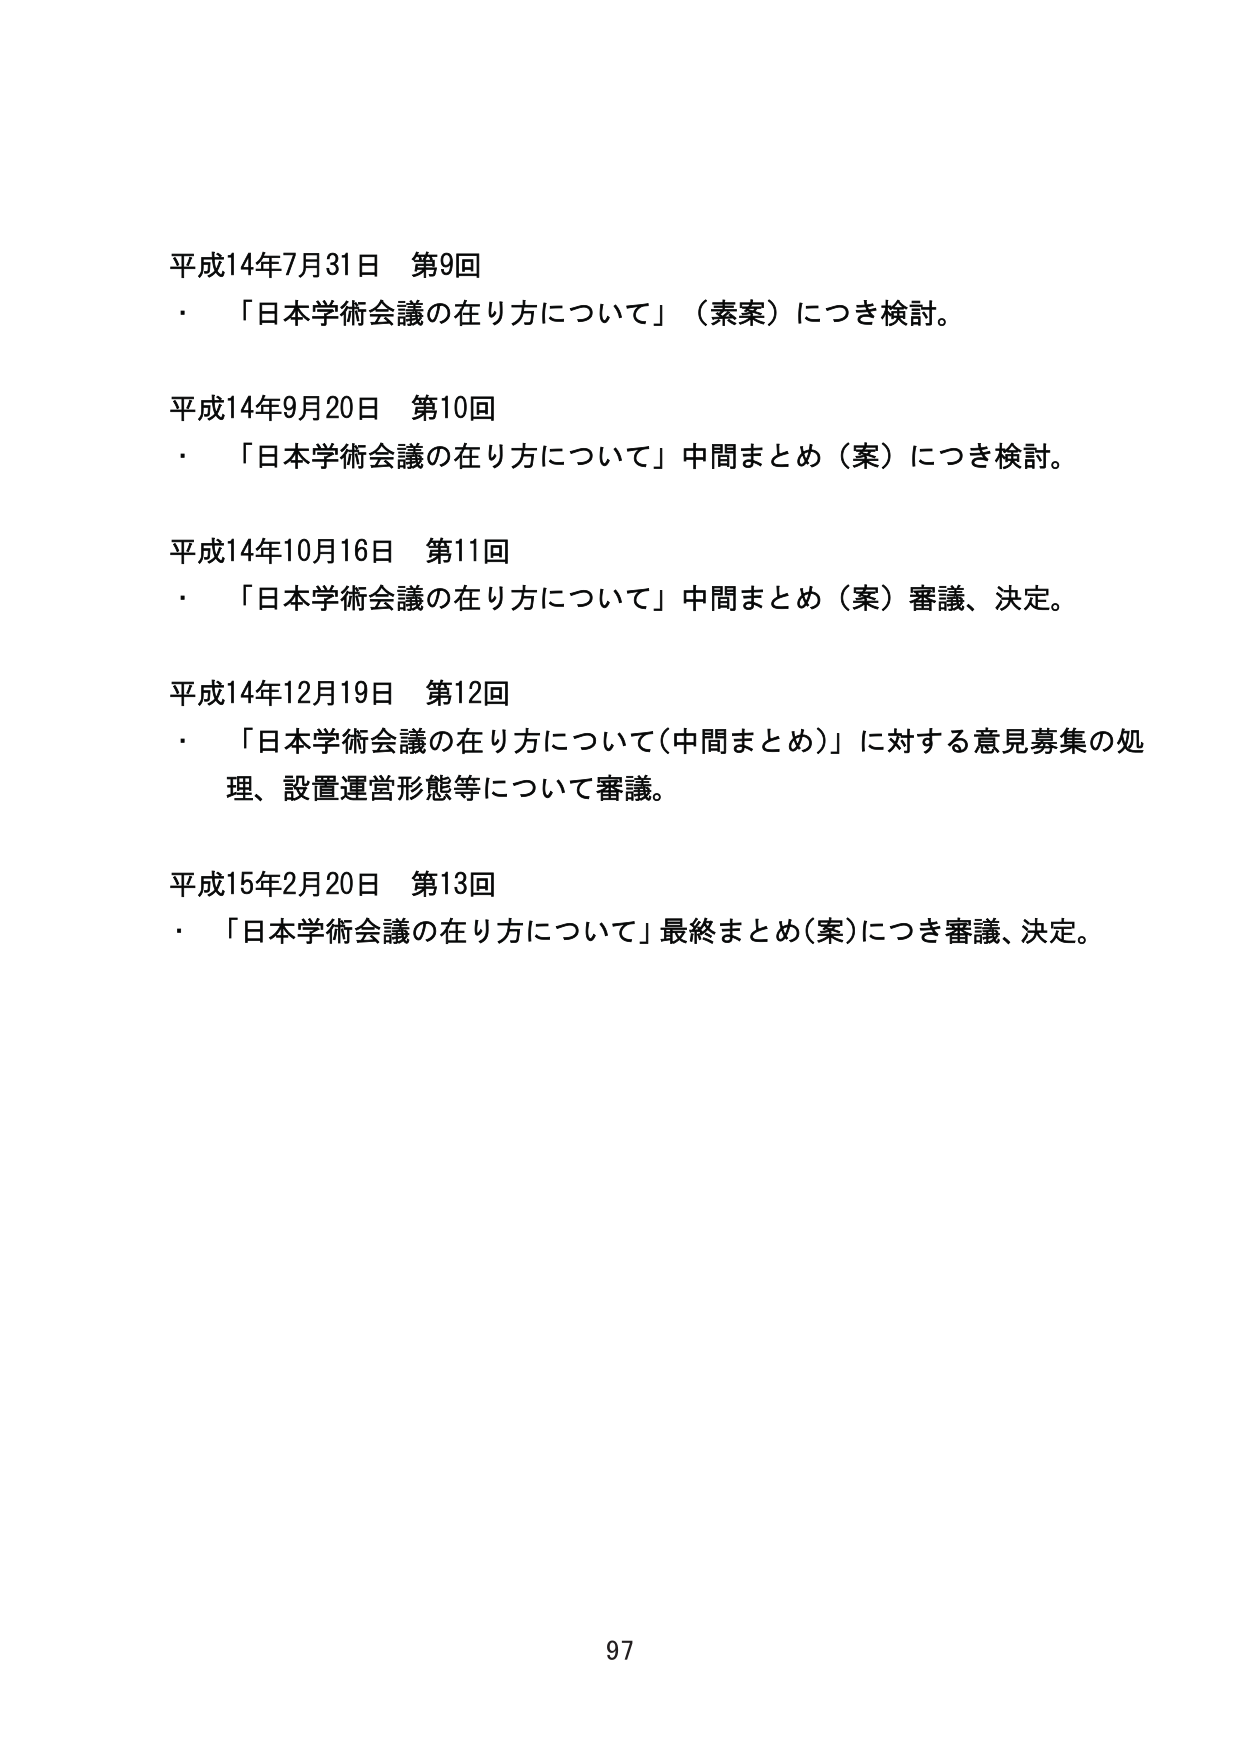
平成14年7月31日 第9回
・「日本学術会議の在り方について」（素案）につき検討。

平成14年9月20日 第10回
・「日本学術会議の在り方について」中間まとめ（案）につき検討。

平成14年10月16日 第11回
・「日本学術会議の在り方について」中間まとめ（案）審議、決定。

平成14年12月19日 第12回
・「日本学術会議の在り方について（中間まとめ）」に対する意見募集の処理、設置運営形態等について審議。

平成15年2月20日 第13回
・「日本学術会議の在り方について」最終まとめ（案）につき審議、決定。

97